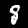
Label: 8